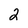
Character: 2